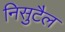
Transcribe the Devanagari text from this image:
निसुटैल